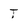
Character: T